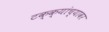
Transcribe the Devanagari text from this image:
टक्‍क्‍यांच्यावर